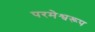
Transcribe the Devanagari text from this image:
परमेश्वरूप